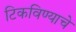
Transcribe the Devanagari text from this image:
टिकविण्याचे